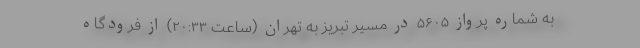
به شماره پرواز ۵۶۰۵ در مسیر تبریز به تهران (ساعت ۲۰:۳۳) از فرودگاه